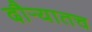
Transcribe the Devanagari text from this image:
दौर्‍यातच